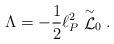
LaTeX: \begin{align*}\Lambda = -{1 \over 2} \ell_P^2 \stackrel{\sim}{\cal L}_0 .\end{align*}